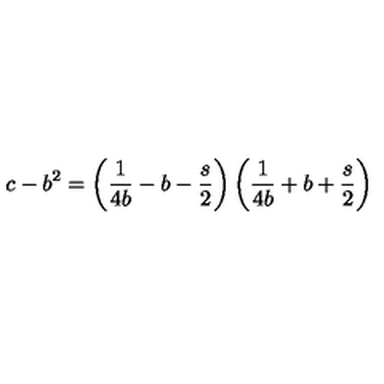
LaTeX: c - b ^ { 2 } = \left( { \frac { 1 } { 4 b } } - b - \frac { s } { 2 } \right) \left( { \frac { 1 } { 4 b } } + b + \frac { s } { 2 } \right)